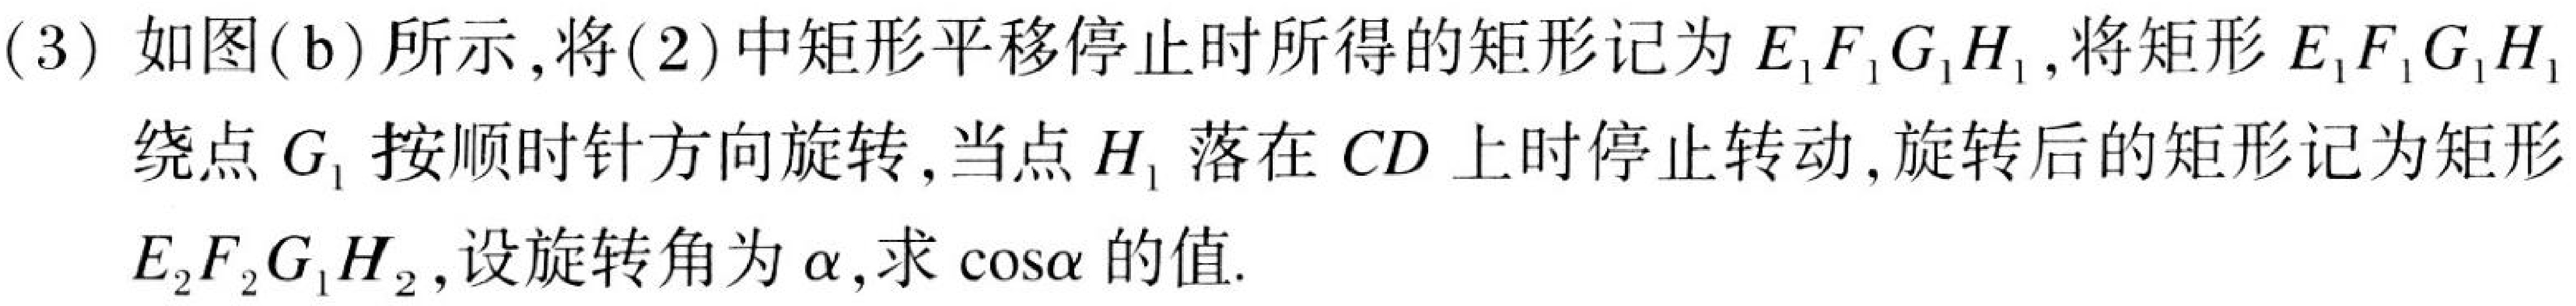
(3) 如图(b)所示，将(2)中矩形平移停止时所得的矩形记为\(E_{1}F_{1}G_{1}H_{1}\)，将矩形\(E_{1}F_{1}G_{1}H_{1}\)绕点\(G_{1}\)按顺时针方向旋转，当点\(H_{1}\)落在\(CD\)上时停止转动，旋转后的矩形记为矩形\(E_{2}F_{2}G_{1}H_{2}\)，设旋转角为\(\alpha\)，求\(\cos\alpha\)的值.